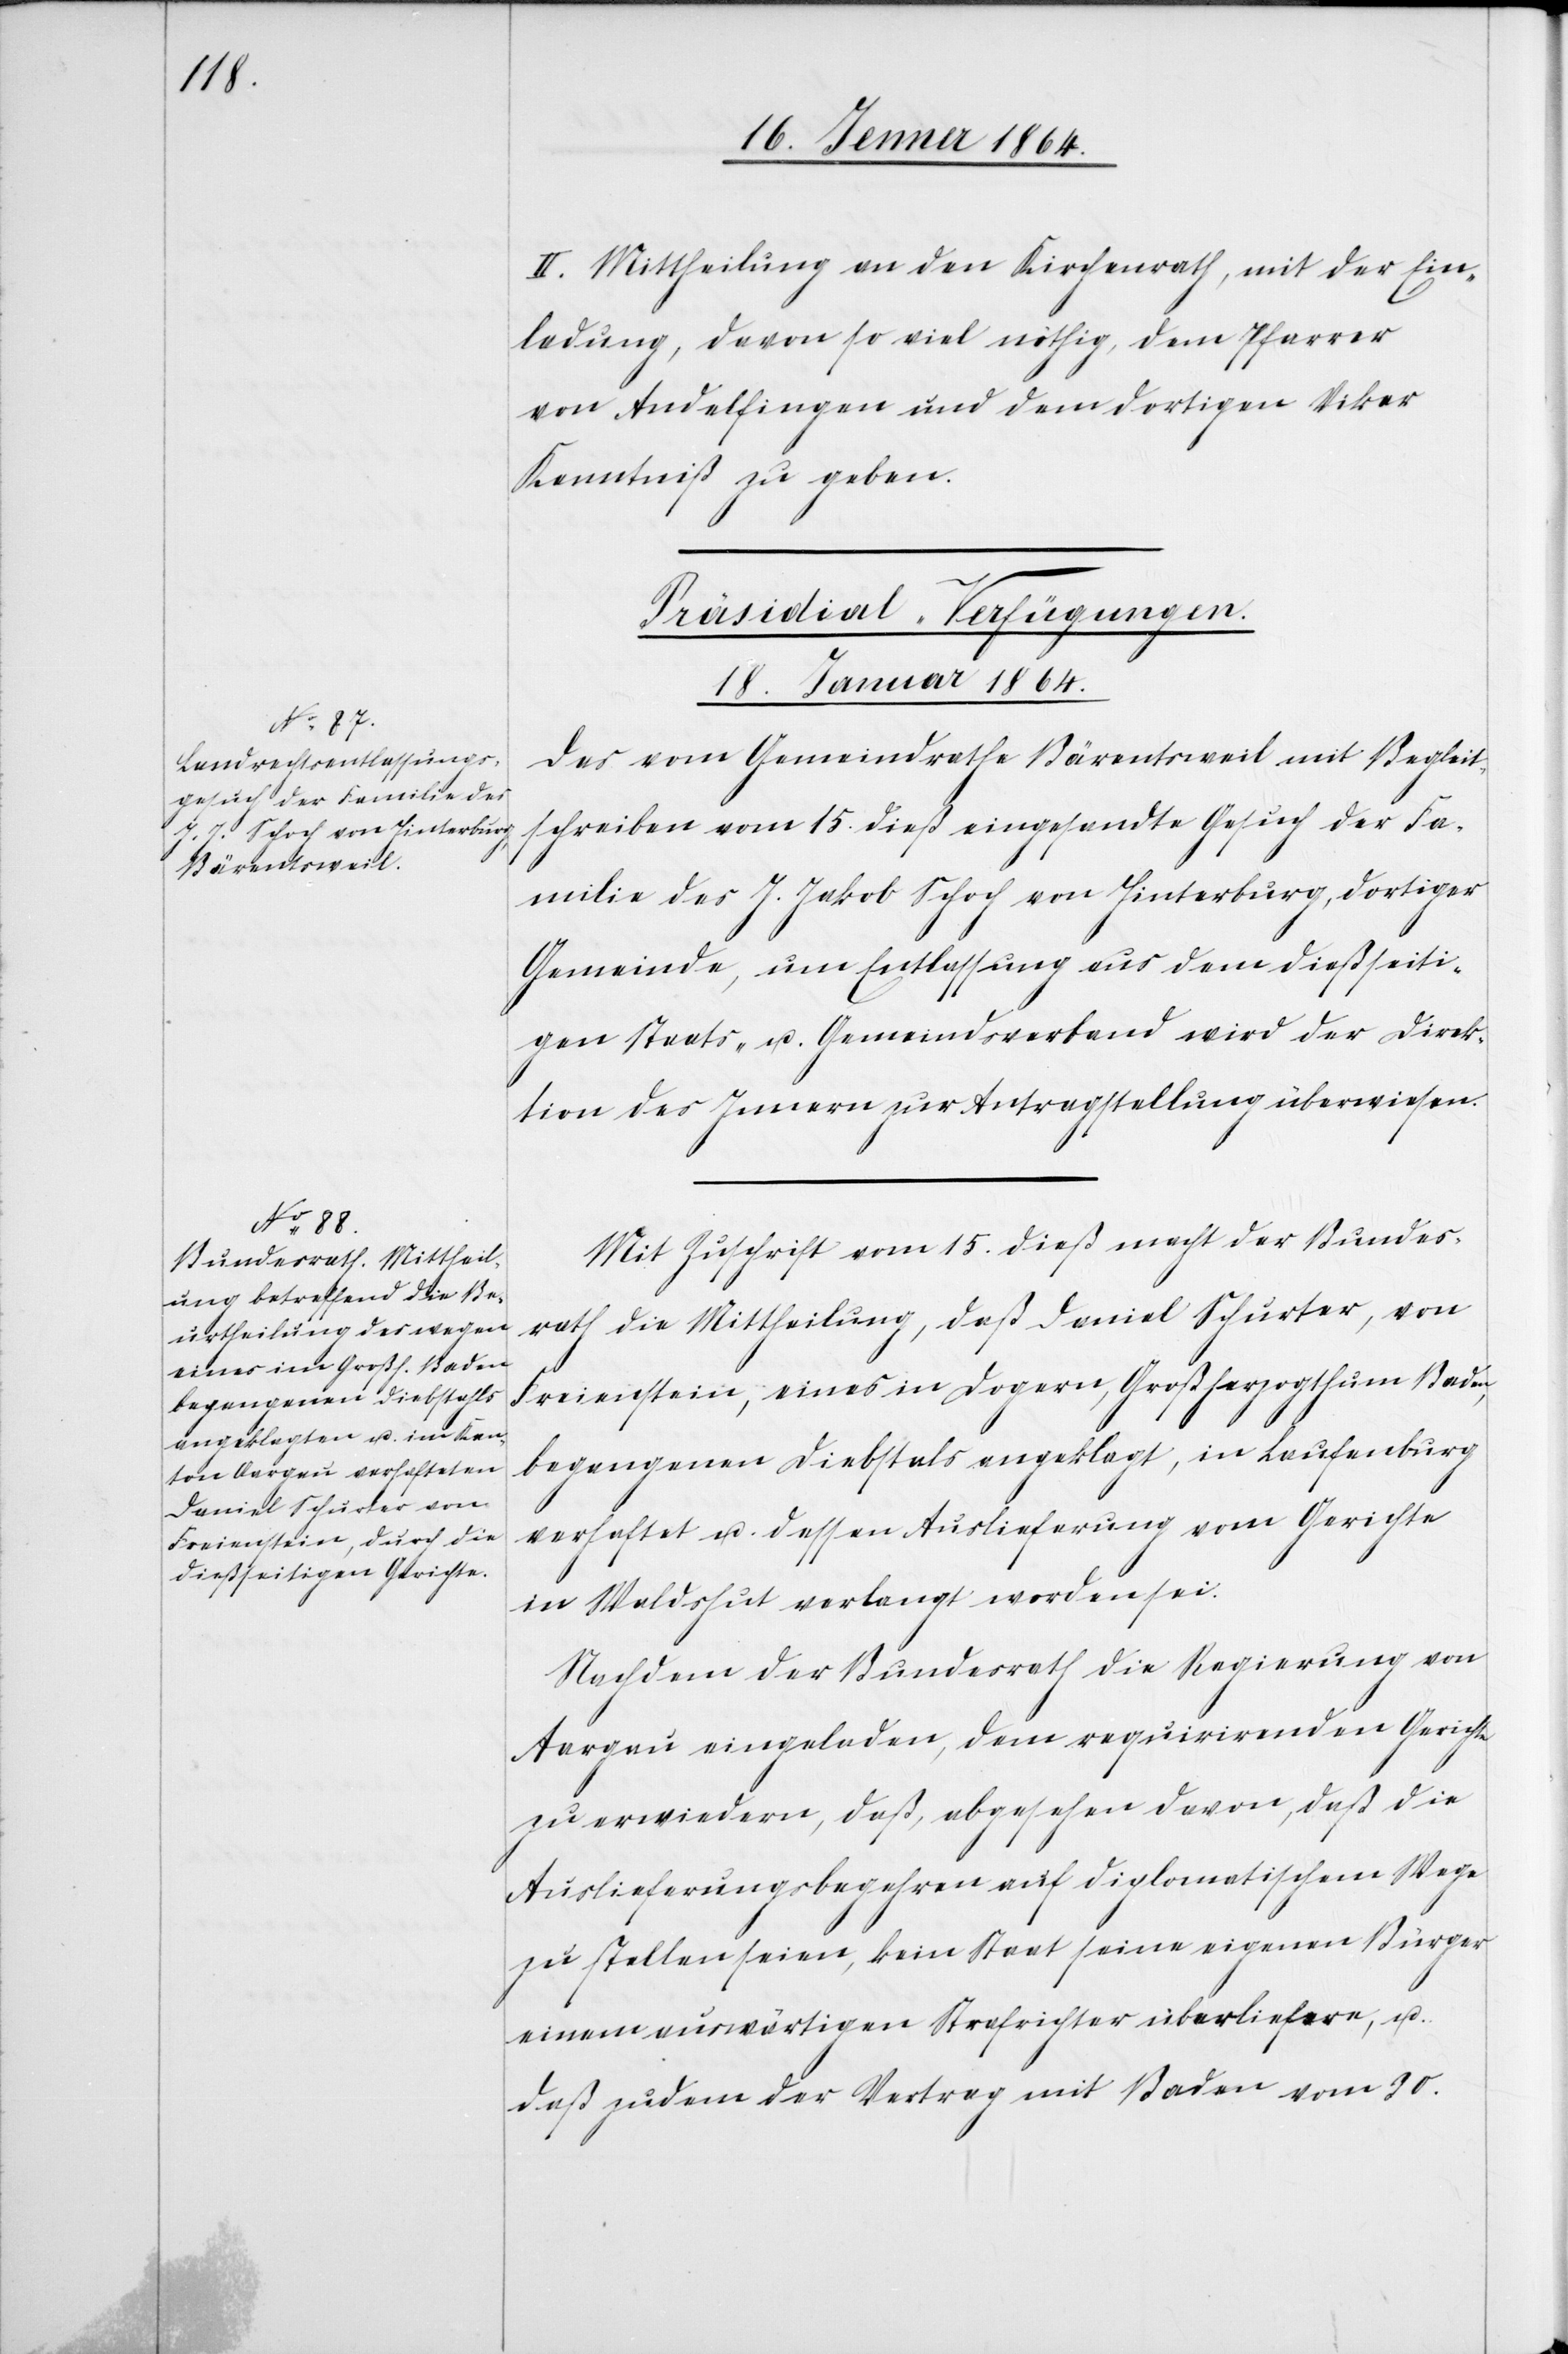
II. Mittheilung an den Kirchenrath, mit der Ein¬
ladung, davon so viel nöthig, dem Pfarrer
von Andelfingen und dem dortigen Vikar
Kenntniß zu geben.
[Präsidial-Verfügungen.
18. Januar 1864.]
Das vom Gemeindrathe Bärentsweil mit Begleit¬
schreiben vom 15. dieß eingesandte Gesuch der Fa¬
milie des J. Jakob Schoch von Hinterburg, dortiger
Gemeinde, um Entlassung aus dem dießseiti¬
gen Staats- u. Gemeindsverband wird der Direk¬
tion des Innern zur Antragstellung überwiesen.
Mit Zuschrift vom 15. dieß macht der Bundes¬
rath die Mittheilung, daß Daniel Schurter, von
Freienstein, eines in Dogern, Großherzogthum Baden,
begangenen Diebstahls angeklagt, in Laufenburg
verhaftet u. dessen Auslieferung vom Gerichte
in Waldshut verlangt worden sei.
Nachdem der Bundesrath die Regierung von
Aargau eingeladen, dem requirirenden Gerichte
zu erwiedern, daß abgesehen davon, daß die
Auslieferungsbegehren auf diplomatischem Wege
zu stellen seien, kein Staat seine eigenen Bürger
einem auswärtigen Strafrichter überliefere, u.
daß zudem der Vertrag mit Baden vom 30.